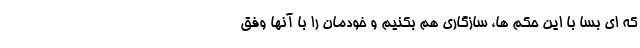
که ای بسا با این حکم ها، سازگاری هم بکنیم و خودمان را با آنها وفق